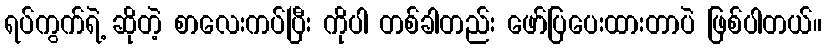
ရပ်ကွက်ရဲ့ ဆိုတဲ့ စာလေးကပ်ပြီး ကိုပါ တစ်ခါတည်း ဖော်ပြပေးထားတာပဲ ဖြစ်ပါတယ်။